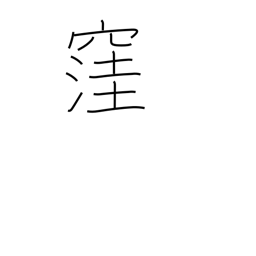
Meaning: cave in